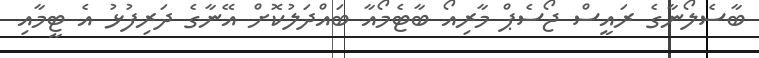
ބާސެލޯނާގެ ރައީސް ޖޯސެޕް މާރިއޯ ބާޓެމޯއާ ބައްދަލުކޮށް އޭނާގެ ދަރިފުޅު އެ ޓީމާއި